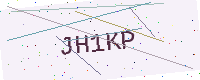
Text: JH1KP